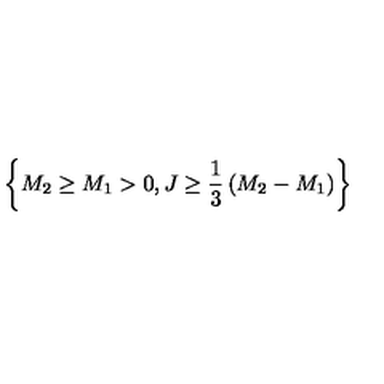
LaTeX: \left\{ M _ { 2 } \ge M _ { 1 } > 0 , J \ge { \frac { 1 } { 3 } } \left( M _ { 2 } - M _ { 1 } \right) \right\}